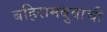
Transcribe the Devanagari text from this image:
बहिरामबुवांची